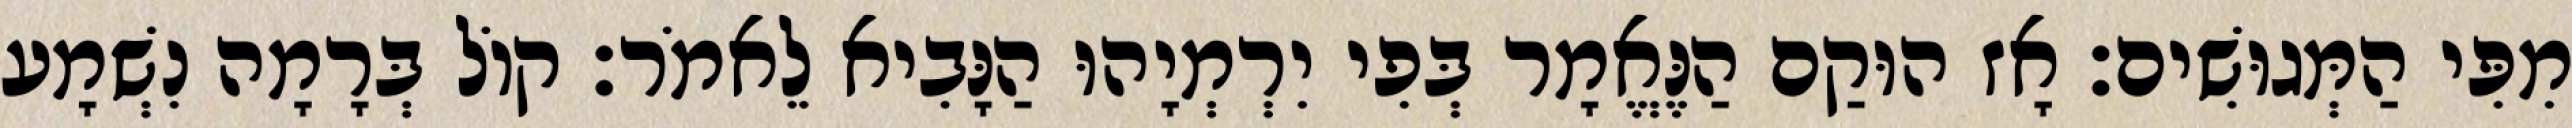
מִפִּי הַמְּגוּשִׁים׃ אָז הוּקַם הַנֶּאֱמָר בְּפִי יִרְמְיָהוּ הַנָּבִיא לֵאמֹר׃ קוֹל בְּרָמָה נִשְׁמָע